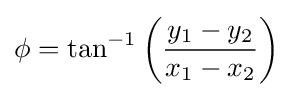
\phi =\tan ^{-1}\left({\frac {y_{1}-y_{2}}{x_{1}-x_{2}}}\right)